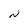
Character: N